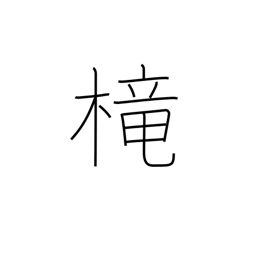
Meaning: cage